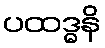
ပထဒ္ဓနိ